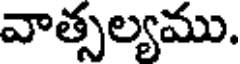
వాత్సల్యము.